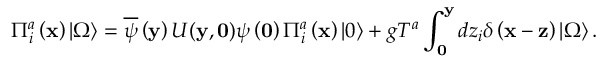
\Pi _ { i } ^ { a } \left( { \bf x } \right) \left| \Omega \right\rangle = \overline { { \psi } } \left( { \bf y } \right) U ( { \bf y } , { \bf 0 } ) \psi \left( { \bf 0 } \right) \Pi _ { i } ^ { a } \left( { \bf x } \right) \left| 0 \right\rangle + g T ^ { a } \int _ { \bf 0 } ^ { \bf y } { d z _ { i } } \delta \left( { { \bf x } - { \bf z } } \right) \left| \Omega \right\rangle .